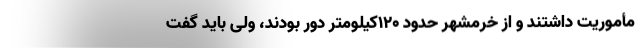
مأموریت داشتند و از خرمشهر حدود ۱۲۰کیلومتر دور بودند، ولی باید گفت